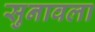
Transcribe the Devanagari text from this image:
सुनावला